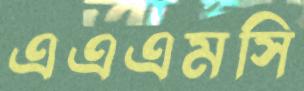
এএএমসি